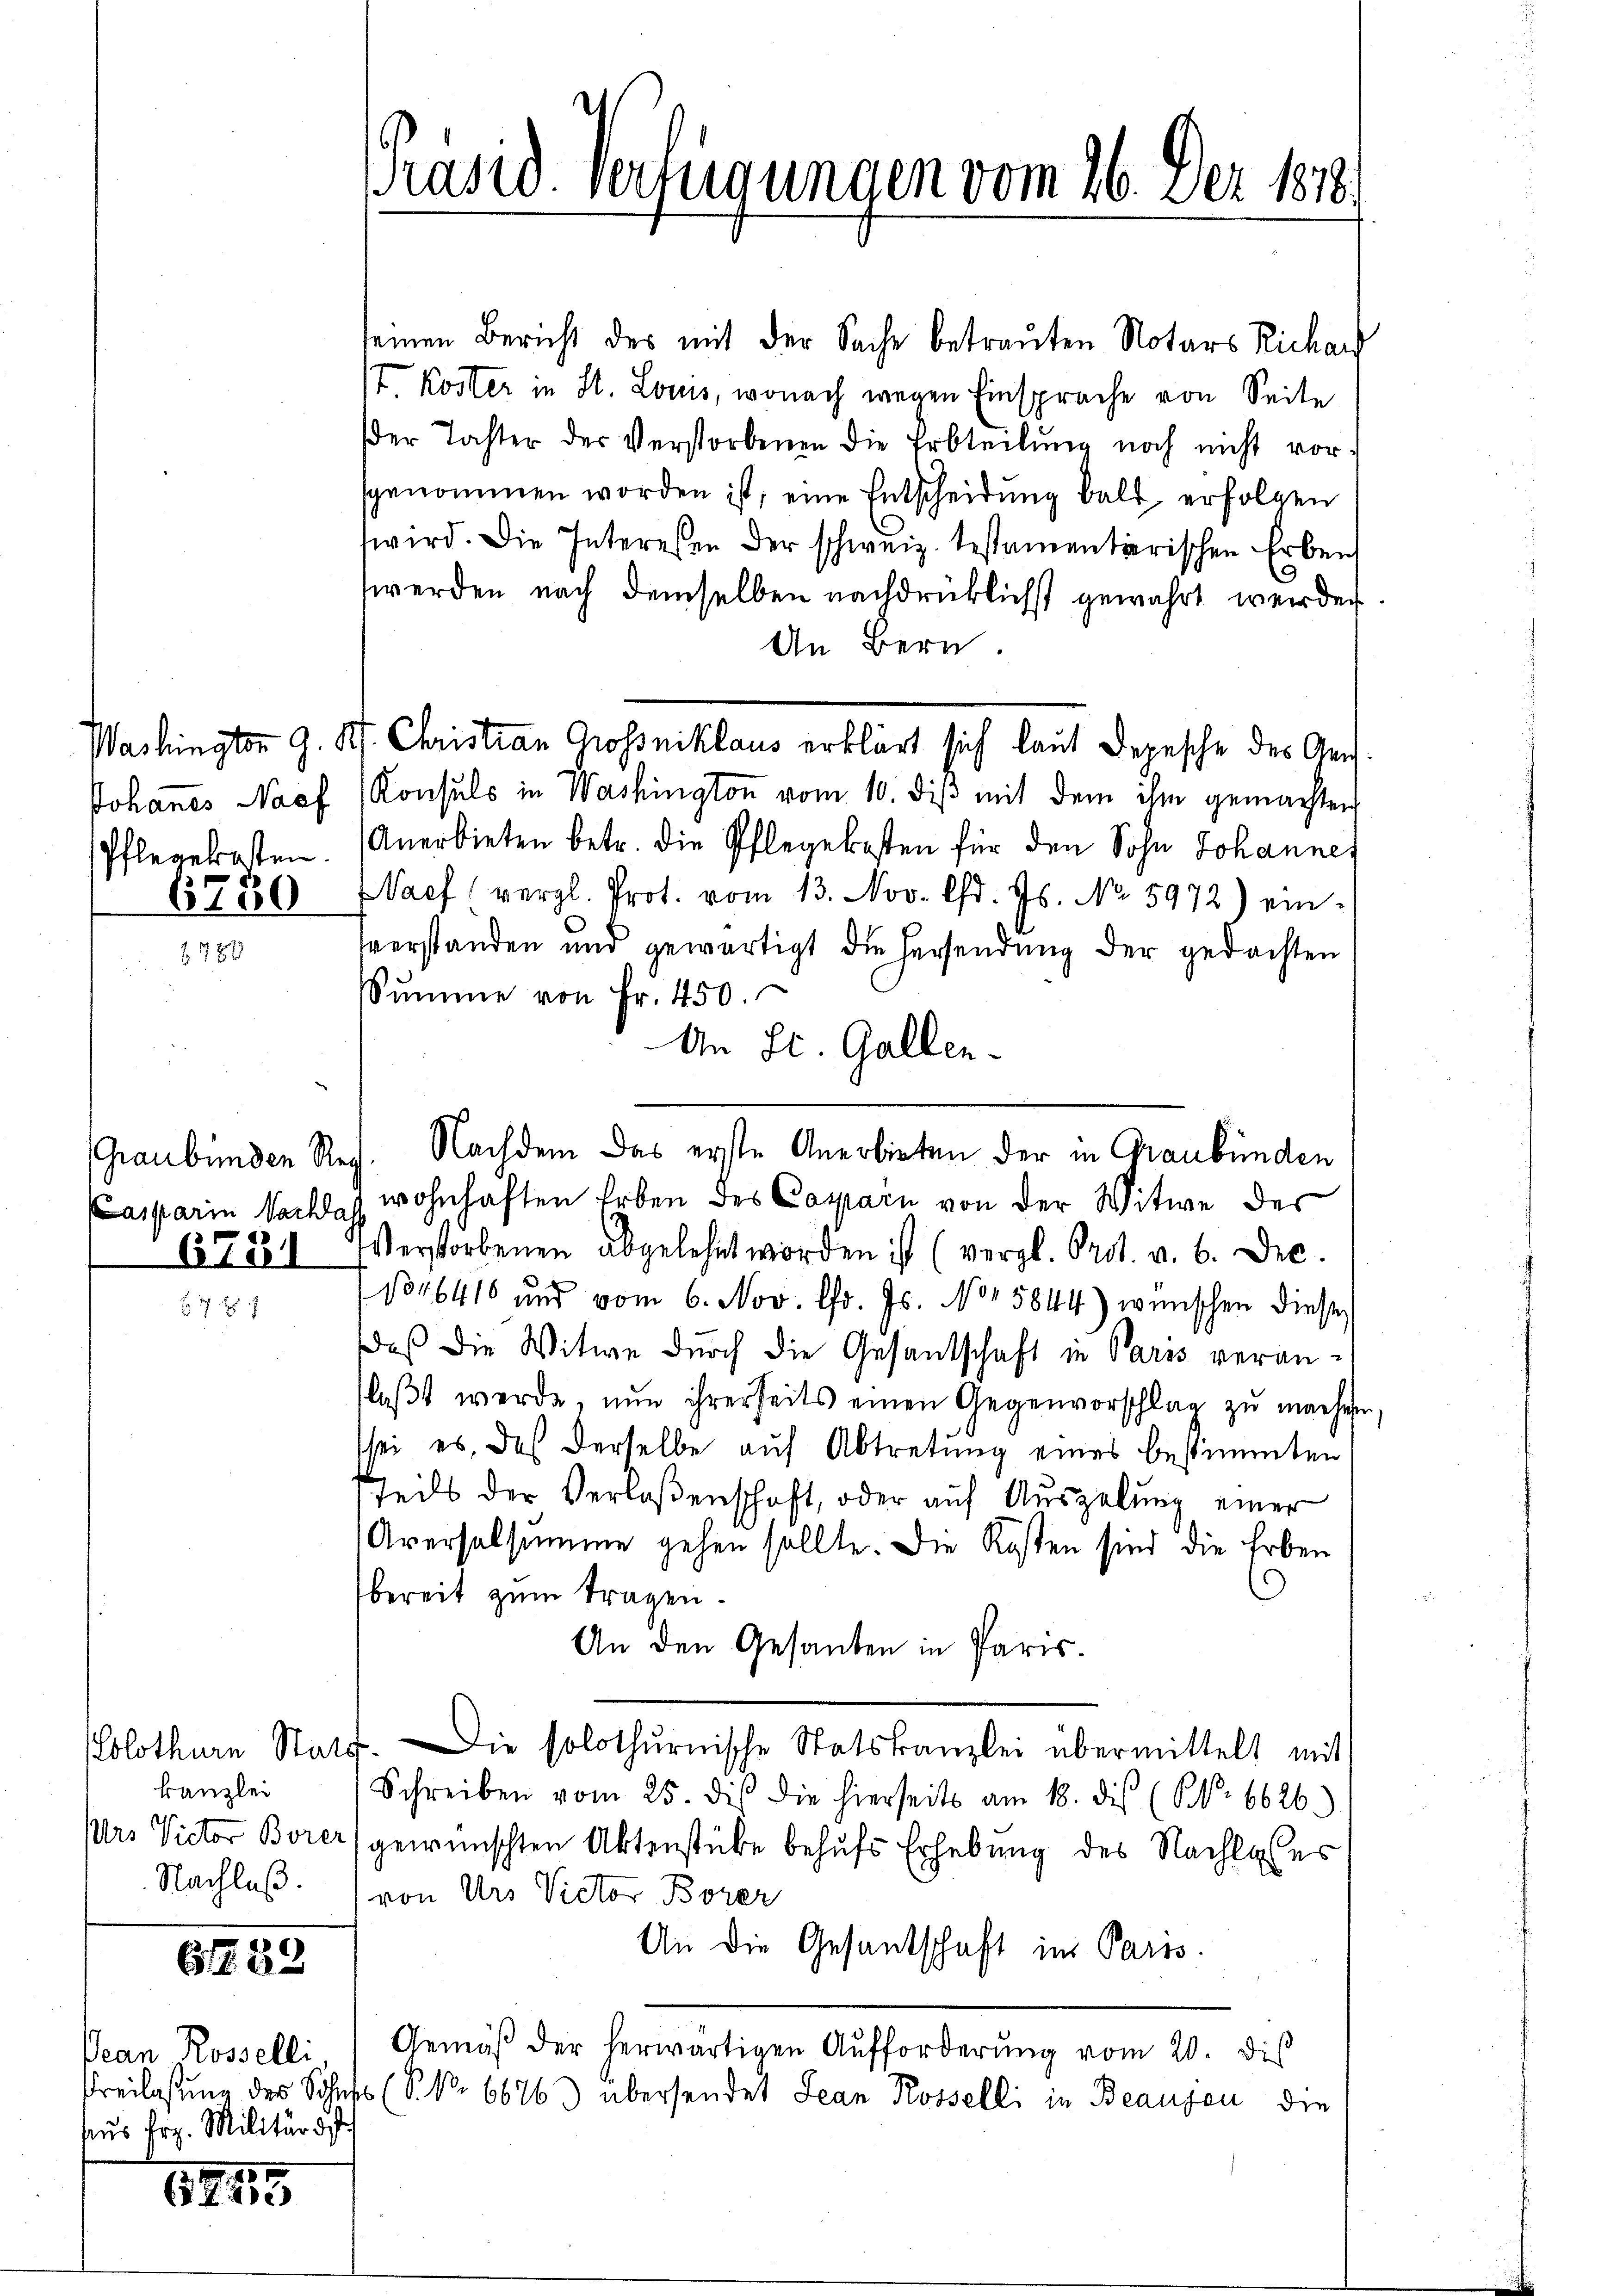
6730

Graubünden Rec
6781

kanzlei
Nachlaß.

G. 89

Ocean Rosselli,
aus Frz. Militär f

1
E

seinen Bericht des mit der Sache betrauten Notars Richar
I Koster in St. Louis, wonach wegen Einsprache von Seite
der Tochter der Verstorbenen die Erbteilŭng noch nicht vor-
sgenommen worden ist, eine Entscheidung bald erfolgen
wird. Die Interessen der schweiz. testamentarischen Erbenh
werden nach demselben nachdrücklichst gewährt werden.
An Bern.
Washington G. P. Christian Grossniklaus erklärt sich laut Depesche des Gen
Johannes Nach Konsuls in Washington vom 10. diß mit dem ihm gemachten
Pflegetasten. Anerbieten betr. die Pflegekosten für den Sohn Johanne
aef (vergl. Prot. vom 13. Nov. lfd. Js. No 5972) einverstanden und gewärtigt die hersendung der gedachten
SSŭmme von Fr. 450.
An St. Gallen.
Nachdem das erste Anerbieten der in Graubünden
asparin Sachlag wohnhaften Erben des Casparn von der Witwe des
Verstorbenen abgelehnt worden ist (vergl. Prot. a. b. Dec.
1046416 und vom 6. Nov. l. Js. No 15844) wünschen dieser
daß die Witwe durch die Gesandschaft in Paris veranlaβt werde, nŭn ihrerseits einen Gegenvorschlag zŭ machen,
sei es, das derselbe auf Abtretung eines bestimmten
Teils der Verlaßenschaft, oder auf Auszelung einer
Aversalsumme gehen sollte. Die Kosten sind die Erben
bereit zum tragen.
An den Gesanten in Paris.
olothurn Statt. Die solothurnische Statskanzlei übermittelt mit
Schreiben vom 25. dis die hierseits am 18. des (S. 6626.
Urs Victor Borers gewünschten Aktenstücke behufs Erhebung des Nachlasses
von Urs Victor Borer
Un die Gesandschaft im Paris.
Gemäβ der herwärtigen Aŭfforderŭng vom 20. dis
Freilasung des Sohns (S. Nr. 66763 übersendet Jean Rosselli in Beausen, die

Präsid. Verfügungen vom 26. Dez. 1818.